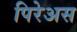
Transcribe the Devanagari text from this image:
पिरेअस